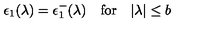
\epsilon _ { 1 } ( \lambda ) = \epsilon _ { 1 } ^ { - } ( \lambda ) \quad \mathrm { f o r } \quad | \lambda | \leq b